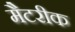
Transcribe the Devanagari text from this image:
मैटरीक